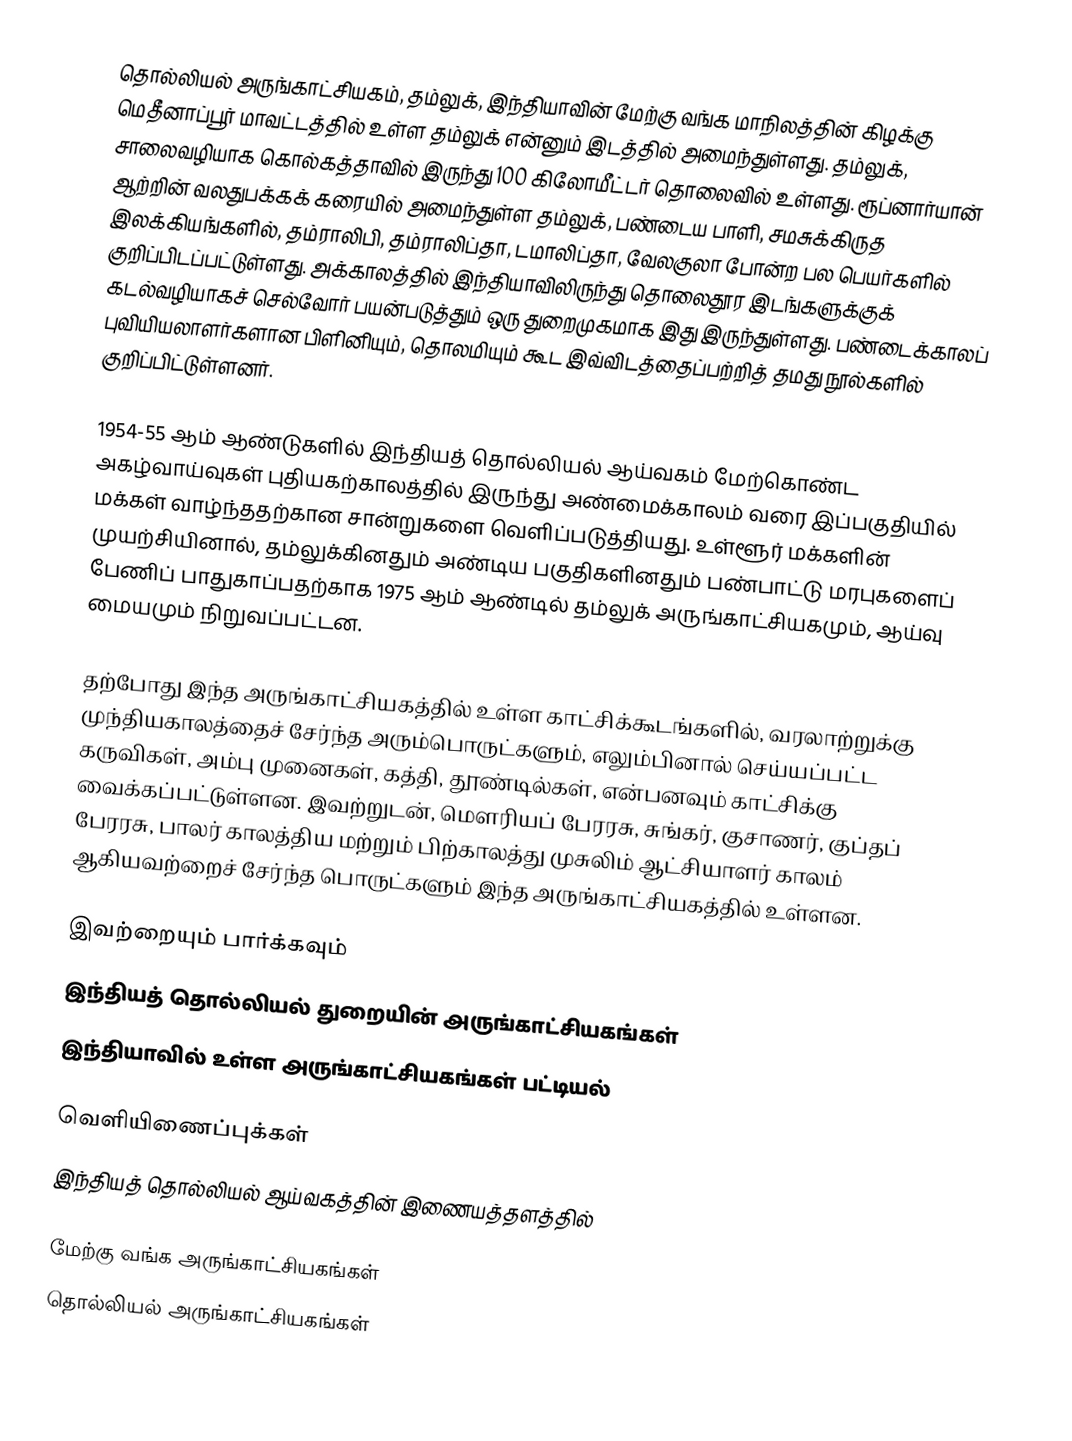
தொல்லியல் அருங்காட்சியகம், தம்லுக், இந்தியாவின் மேற்கு வங்க மாநிலத்தின் கிழக்கு மெதீனாப்பூர் மாவட்டத்தில் உள்ள தம்லுக் என்னும் இடத்தில் அமைந்துள்ளது. தம்லுக், சாலைவழியாக கொல்கத்தாவில் இருந்து 100 கிலோமீட்டர் தொலைவில் உள்ளது. ரூப்னார்யான் ஆற்றின் வலதுபக்கக் கரையில் அமைந்துள்ள தம்லுக், பண்டைய பாளி, சமசுக்கிருத இலக்கியங்களில், தம்ராலிபி, தம்ராலிப்தா, டமாலிப்தா, வேலகுலா போன்ற பல பெயர்களில் குறிப்பிடப்பட்டுள்ளது. அக்காலத்தில் இந்தியாவிலிருந்து தொலைதூர இடங்களுக்குக் கடல்வழியாகச் செல்வோர் பயன்படுத்தும் ஒரு துறைமுகமாக இது இருந்துள்ளது. பண்டைக்காலப் புவியியலாளர்களான பிளினியும், தொலமியும் கூட இவ்விடத்தைப்பற்றித் தமது நூல்களில் குறிப்பிட்டுள்ளனர்.

1954-55 ஆம் ஆண்டுகளில் இந்தியத் தொல்லியல் ஆய்வகம் மேற்கொண்ட அகழ்வாய்வுகள் புதியகற்காலத்தில் இருந்து அண்மைக்காலம் வரை இப்பகுதியில் மக்கள் வாழ்ந்ததற்கான சான்றுகளை வெளிப்படுத்தியது. உள்ளூர் மக்களின் முயற்சியினால், தம்லுக்கினதும் அண்டிய பகுதிகளினதும் பண்பாட்டு மரபுகளைப் பேணிப் பாதுகாப்பதற்காக 1975 ஆம் ஆண்டில் தம்லுக் அருங்காட்சியகமும், ஆய்வு மையமும் நிறுவப்பட்டன.

தற்போது இந்த அருங்காட்சியகத்தில் உள்ள காட்சிக்கூடங்களில், வரலாற்றுக்கு முந்தியகாலத்தைச் சேர்ந்த அரும்பொருட்களும், எலும்பினால் செய்யப்பட்ட கருவிகள், அம்பு முனைகள், கத்தி, தூண்டில்கள், என்பனவும் காட்சிக்கு வைக்கப்பட்டுள்ளன. இவற்றுடன், மௌரியப் பேரரசு, சுங்கர்,  குசாணர்,  குப்தப் பேரரசு, பாலர் காலத்திய மற்றும் பிற்காலத்து முசுலிம் ஆட்சியாளர் காலம் ஆகியவற்றைச் சேர்ந்த பொருட்களும் இந்த அருங்காட்சியகத்தில் உள்ளன.

இவற்றையும் பார்க்கவும்
 இந்தியத் தொல்லியல் துறையின் அருங்காட்சியகங்கள்
 இந்தியாவில் உள்ள அருங்காட்சியகங்கள் பட்டியல்

வெளியிணைப்புக்கள்
 இந்தியத் தொல்லியல் ஆய்வகத்தின் இணையத்தளத்தில்

மேற்கு வங்க அருங்காட்சியகங்கள்
தொல்லியல் அருங்காட்சியகங்கள்